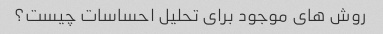
روش های موجود برای تحلیل احساسات چیست؟